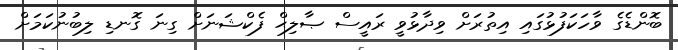
ބޮންޑެގެ ވާހަކަފުޅުގައި އިތުރަށް ވިދާޅުވީ ރައީސް ޞާލިޙް ފެކްޝަނަށް ގިނަ ގޮނޑި ލިބުނުކަމަށް